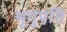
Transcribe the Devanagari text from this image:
भृगुपति